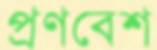
প্রণবেশ